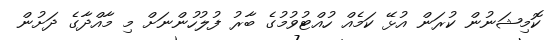
ކޮމިޝަނުން ކުރަން އުޅޭ ކަމެއް ހުއްޓުވުމުގެ ބާރު ފުލުހުންނަށް މި މާއްދާގެ ދަށުން